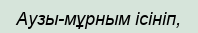
Аузы-мұрным ісініп,